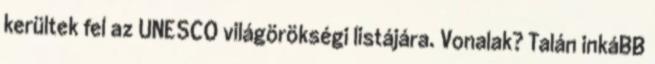
kerültek fel az UNESCO világörökségi listájára. Vonalak? Talán inkáBB